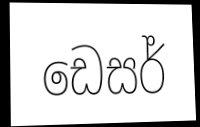
ඩෙසර්